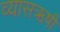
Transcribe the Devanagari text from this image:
व्यासऋषी